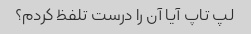
لپ تاپ آیا آن را درست تلفظ کردم؟